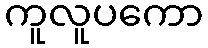
ကူလူပကော